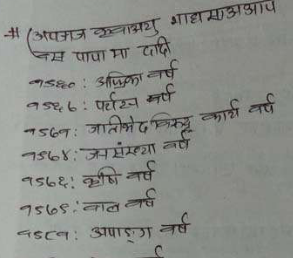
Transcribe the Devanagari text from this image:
(अपनाज कवालाथु शाहासाओआप
बस पापा मा दादी
१९८०: अफ्रिका वर्ष
१९८६: पर्यटन वर्ष
१९६९: जातिभेद विरुद्ध कार्य वर्ष
१९६४: जनसंख्या वर्ष
१९६५: कृषि वर्ष
१९६८: बाल वर्ष
१९८१: अपाङ्ग वर्ष